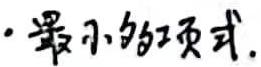
· 最小多项式.